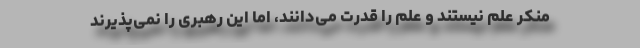
منکر علم نیستند و علم را قدرت می‌دانند، امّا این رهبری را نمی‌پذیرند